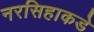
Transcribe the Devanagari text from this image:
नरसिहाकडे